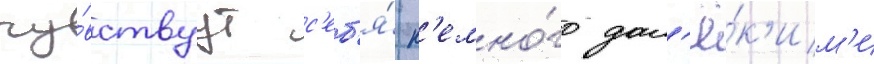
чу́вствуут с'еб'я́ н'емно́го дал'ё́к'им'и